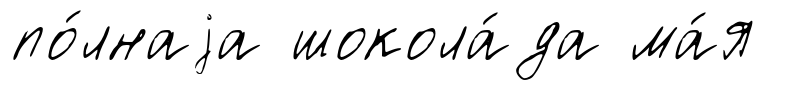
по́лнаjа шокола́да ма́я